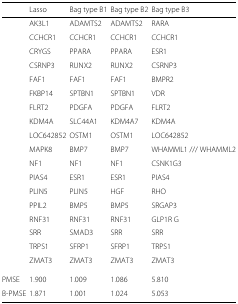
|  | Lasso | Bag type B1 | Bag type B2 | Bag type B3 |
 | --- | --- | --- | --- | --- |
 |  | AK3L1 | ADAMTS2 | ADAMTS2 | RARA |
 |  | CCHCR1 | CCHCR1 | CCHCR1 | CCHCR1 |
 |  | CRYGS | PPARA | PPARA | ESR1 |
 |  | CSRNP3 | RUNX2 | RUNX2 | CSRNP3 |
 |  | FAF1 | FAF1 | FAF1 | BMPR2 |
 |  | FKBP14 | SPTBN1 | SPTBN1 | VDR |
 |  | FLRT2 | PDGFA | PDGFA | FLRT2 |
 |  | KDM4A | SLC44A1 | KDM4A7 | KDM4A |
 |  | LOC642852 | OSTM1 | OSTM1 | LOC642852 |
 |  | MAPK8 | BMP7 | BMP7 | WHAMML1 /// WHAMML2 |
 |  | NF1 | NF1 | NF1 | CSNK1G3 |
 |  | PIAS4 | ESR1 | ESR1 | PIAS4 |
 |  | PLIN5 | PLIN5 | HGF | RHO |
 |  | PPIL2 | BMP5 | BMP5 | SRGAP3 |
 |  | RNF31 | RNF31 | RNF31 | GLP1R G |
 |  | SRR | SMAD3 | SRR | SRR |
 |  | TRPS1 | SFRP1 | SFRP1 | TRPS1 |
 |  | ZMAT3 | ZMAT3 | ZMAT3 | ZMAT3 |
 | PMSE | 1.900 | 1.009 | 1.086 | 5.810 |
 | B-PMSE | 1.871 | 1.001 | 1.024 | 5.053 |